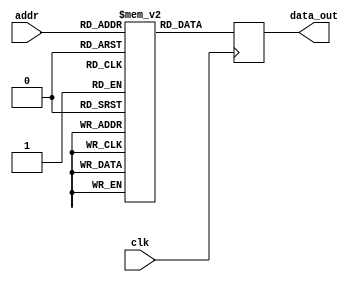
module instructionmemory(
	input clk,
	input [9:0] addr,
	output reg [31:0] data_out
	);

	reg [31:0] M[0:1023];
	integer k;

	initial begin
		M[0] = 32'b0;
		M[1] = 32'b001101_00001_00000_1100_0000_0000_0000; //LW $s0,C000h($s1) ($s0 = $s1 + C000h)
		M[2] = 32'b001101_00010_00001_1100_0000_0000_0001; //LW $s1,C001h($s2) ($s1 = $s2 + C001h)
		M[3] = 32'd0;
		M[4] = 32'd0;
		M[5] = 32'd0;
		M[6] = 32'b001100_00000_00001_00000_01010110010; //MUL $s0,$s1,$s0 ($s0 = $s1*$s0)
		M[7] = 32'b001101_00011_00010_1100_0000_0000_0010; //LW $s2,C002h($s3) ($s2 = $s3 + C002h)
		M[8] = 32'b001101_00100_00011_1100_0000_0000_0011; //LW $s3,C003h($s4) ($s3 = $s4 + C003h)
		M[9] = 32'd0;
		M[10] = 32'd0;
		M[11] = 32'd0;
		M[12] = 32'b001100_00010_00011_00100_01010100000; //ADD $s4,$s2,$s3 ($s4 = $s2+$s3)
		M[13] = 32'd0;
		M[14] = 32'd0;
		M[15] = 32'd0;
		M[16] = 32'b001100_00000_00100_00000_01010100010; //SUB $s0,$s0,$s4 ($s0 = $s0-$s4)
		M[17] = 32'd0;
		M[18] = 32'd0;
		M[19] = 32'd0;
		M[20] = 32'b001110_00101_00000_1100_0011_1111_1111; //SW $s0,C3ffh($s5) (M[$s5 + C3ff] = $s0)
		M[21] = 32'b001101_00101_01111_1100_0011_1111_1111; //LW $r7,c3ffh($s5) ($r7 = M[c3ffh])
		M[22] = 32'd0;
		M[23] = 32'd0;
		M[24] = 32'd0; 
	
		//PROGRAMA ERRADO
		M[25] = 32'd0;
		M[26] = 32'd0;
		M[27] = 32'd0;
		M[28] = 32'b001101_00111_00110_1100_0000_0000_0000; //LW $s6,C000h($s1) ($s6 = $s7 + C000h)
		M[29] = 32'b001101_01000_00111_1100_0000_0000_0001; //LW $s7,C001h($s8) ($s7 = $s8 + C001h)
		M[30] = 32'b001100_00110_00111_00110_01010110010;   //MUL $s6,$s7,$s6 ($s6 = $s7*$s6)
		M[31] = 32'b001101_01001_01000_1100_0000_0000_0010; //LW $s8,C002h($s9) ($s8 = $s9 + C002h)
		M[32] = 32'b001101_01010_01001_1100_0000_0000_0011; //LW $s9,C003h($s10) ($s9 = $s10 + C003h)
		M[33] = 32'b001100_01000_01001_01010_01010100000;   //ADD $s10,$s8,$s9 ($s10 = $s8+$s9)
		M[34] = 32'b001100_00110_01010_00110_01010100010;   //SUB $s6,$s6,$s10 ($s6 = $s6-$s10)
		M[35] = 32'b001110_01011_00110_1100_0011_1111_1111; //SW $s6,C3ffh($s11) (M[$s11 + C3ff] = $s6)
		M[36] = 32'b001101_00101_01111_1100_0011_1111_1111; //LW $r7,c3ffh($s5) ($r7 = M[c3ffh])
		for(k = 37; k < 1024; k = k+1) M[k] = 32'b0;
	end
	
	always @ (posedge clk)
	begin
		data_out <= M[addr];
	end
	
endmodule